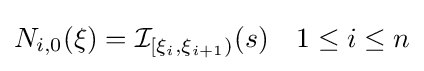
N_{i,0}(\xi )={\mathcal {I}}_{[\xi _{i},\xi _{i+1})}(s)\quad 1\leq i\leq n